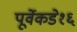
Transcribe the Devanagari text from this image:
पूर्वेकडे१६